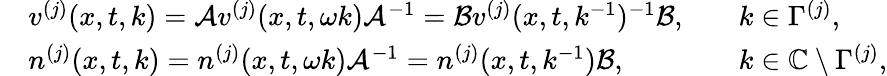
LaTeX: \begin{array}{rlrl}&{v^{(j)}(x,t,k)=\mathcal{A}v^{(j)}(x,t,\omega k)\mathcal{A}^{-1}=\mathcal{B}v^{(j)}(x,t,k^{-1})^{-1}\mathcal{B},}&&{k\in\Gamma^{(j)},}\\ &{n^{(j)}(x,t,k)=n^{(j)}(x,t,\omega k)\mathcal{A}^{-1}=n^{(j)}(x,t,k^{-1})\mathcal{B},}&&{k\in{\mathbb C}\setminus\Gamma^{(j)},}\end{array}